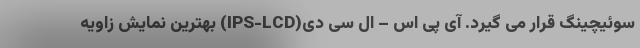
سوئیچینگ قرار می گیرد. آی پی اس – ال سی دی(IPS-LCD) بهترین نمایش زاویه